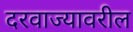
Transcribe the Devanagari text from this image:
दरवाज्यावरील